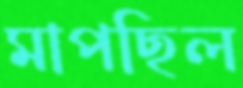
মাপছিল